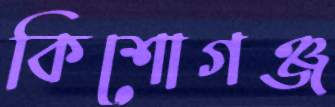
কিশোগঞ্জ